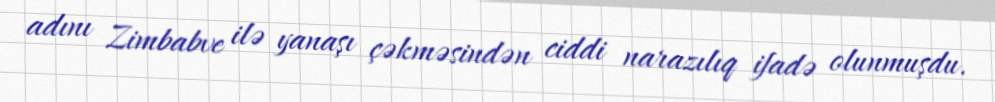
adını Zimbabve ilə yanaşı çəkməsindən ciddi narazılıq ifadə olunmuşdu.